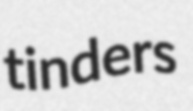
tinders